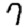
Digit: 7